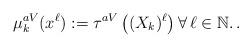
LaTeX: \begin{align*}\mu_k^{aV}(x^\ell):=\tau^{aV}\left((X_k)^\ell\right)\forall\, \ell\in\mathbb N.\,.\end{align*}